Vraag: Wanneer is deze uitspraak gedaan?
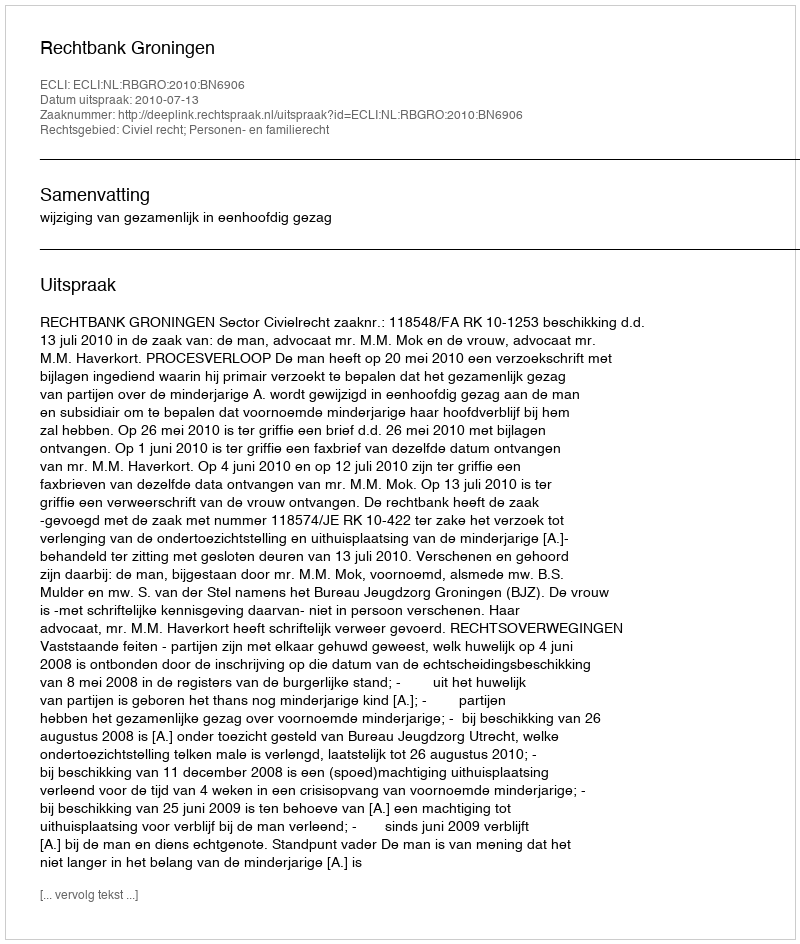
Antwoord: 2010-07-13